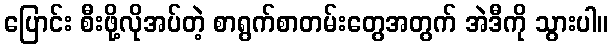
ပြောင်း စီးဖို့လိုအပ်တဲ့ စာရွက်စာတမ်းတွေအတွက် အဲဒီကို သွားပါ။